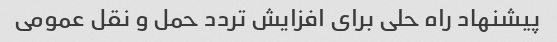
پیشنهاد راه حلی برای افزایش تردد حمل و نقل عمومی